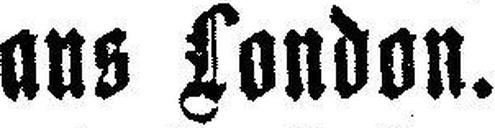
aus London.